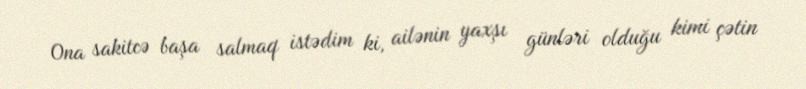
Ona sakitcə başa salmaq istədim ki, ailənin yaxşı günləri olduğu kimi çətin